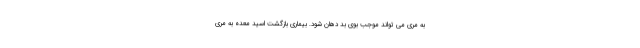
به مری می تواند موجب بوی بد دهان شود. بیماری بازگشت اسید معده به مری